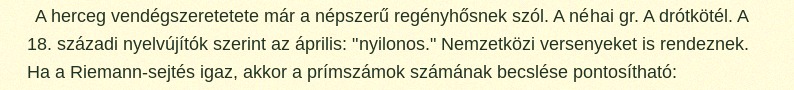
A herceg vendégszeretetete már a népszerű regényhősnek szól. A néhai gr. A drótkötél. A 18. századi nyelvújítók szerint az április: "nyilonos." Nemzetközi versenyeket is rendeznek. Ha a Riemann-sejtés igaz, akkor a prímszámok számának becslése pontosítható: